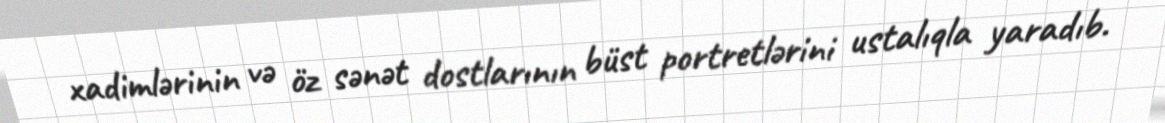
xadimlərinin və öz sənət dostlarının büst portretlərini ustalıqla yaradıb.